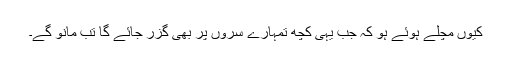
کیوں مچلے ہوئے ہو کہ جب یہی کچھ تمہارے سروں پر بھی گزر جائے گا تب مانو گے۔